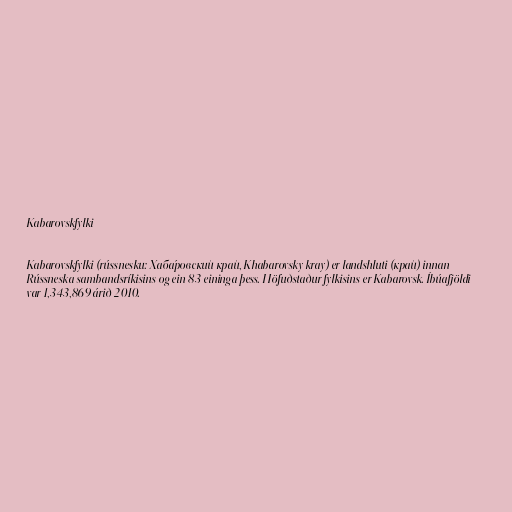
Kabarovskfylki

Kabarovskfylki (rússnesku: Хаба́ровский край, Khabarovsky kray) er landshluti (край) innan
Rússneska sambandsríkisins og ein 83 eininga þess. Höfuðstaður fylkisins er Kabarovsk. Íbúafjöldi
var 1,343,869 árið 2010.